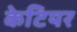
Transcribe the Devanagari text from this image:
केटियर